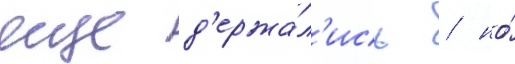
еще д'ержа́л'ись / но́